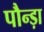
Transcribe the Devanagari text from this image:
पौन्ड़ा